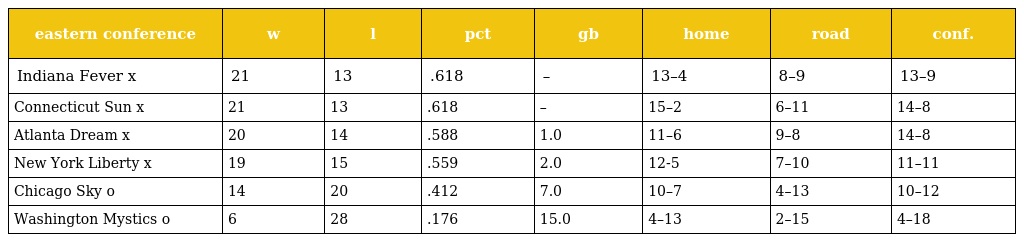
| eastern conference | w | l | pct | gb | home | road | conf. |
 | --- | --- | --- | --- | --- | --- | --- | --- |
 | Indiana Fever x | 21 | 13 | .618 | – | 13–4 | 8–9 | 13–9 |
 | Connecticut Sun x | 21 | 13 | .618 | – | 15–2 | 6–11 | 14–8 |
 | Atlanta Dream x | 20 | 14 | .588 | 1.0 | 11–6 | 9–8 | 14–8 |
 | New York Liberty x | 19 | 15 | .559 | 2.0 | 12-5 | 7–10 | 11–11 |
 | Chicago Sky o | 14 | 20 | .412 | 7.0 | 10–7 | 4–13 | 10–12 |
 | Washington Mystics o | 6 | 28 | .176 | 15.0 | 4–13 | 2–15 | 4–18 |